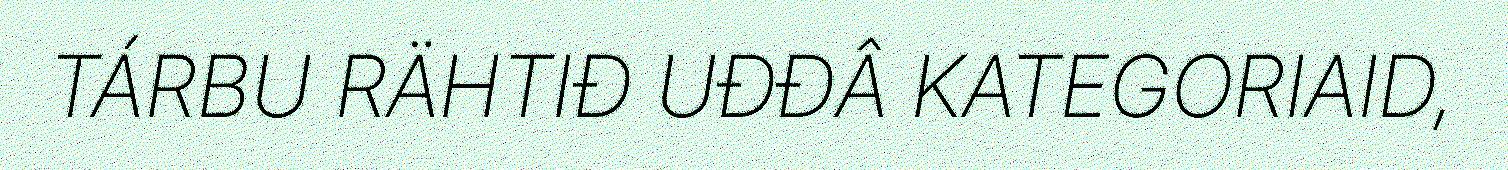
TÁRBU RÄHTIĐ UĐĐÂ KATEGORIAID,